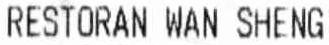
RESTORAN WAN SHENG